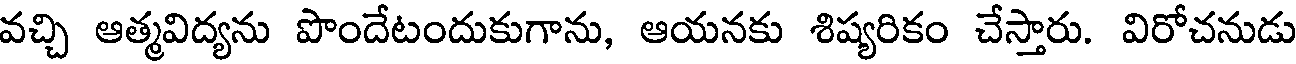
వచ్చి ఆత్మవిద్యను పొందేటందుకుగాను, ఆయనకు శిష్యరికం చేస్తారు. విరోచనుడు